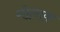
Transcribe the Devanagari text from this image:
गोलाक